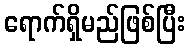
ရောက်ရှိမည်ဖြစ်ပြီး